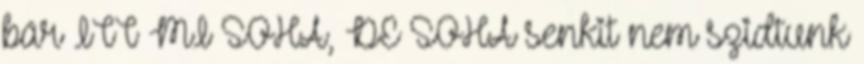
bár ITT MI SOHA, DE SOHA senkit nem szidtunk